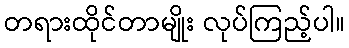
တရားထိုင်တာမျိုး လုပ်ကြည့်ပါ။